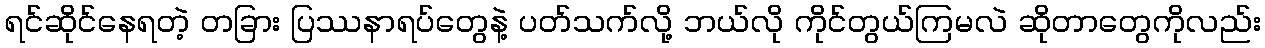
ရင်ဆိုင်နေရတဲ့ တခြား ပြဿနာရပ်တွေနဲ့ ပတ်သက်လို့ ဘယ်လို ကိုင်တွယ်ကြမလဲ ဆိုတာတွေကိုလည်း